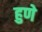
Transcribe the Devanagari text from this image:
हुणे